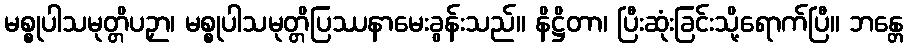
မစ္စုပါသမုတ္တိပဉှာ၊ မစ္စုပါသမုတ္တိပြဿနာမေးခွန်းသည်။ နိဋ္ဌိတာ၊ ပြီးဆုံးခြင်းသို့ရောက်ပြီ။ ဘန္တေ